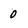
Character: 0